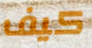
كيف